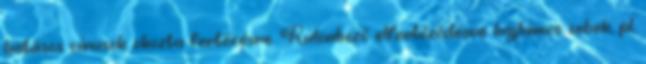
hatásos vírusok okozta fertőzésre. Különböző elfertőződésre hajlamos sebek, pl.